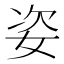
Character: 姿